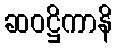
ဆဝဋ္ဌိကာနိ